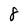
Character: 8